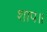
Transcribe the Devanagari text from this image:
शाप॥